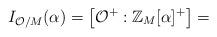
LaTeX: \begin{align*}I_{\mathcal{O}/M}(\alpha)=\left[ \mathcal{O}^{+}:\mathbb{Z}_{M}[\alpha]^{+}\right] =\end{align*}